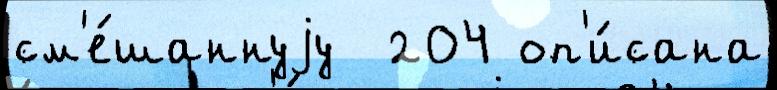
см'е́шаннуjу  204 оп'и́сана